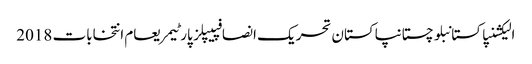
الیکشنپاکستانبلوچستانپاکستان تحریک انصافپیپلز پارٹیمریعام انتخابات 2018